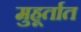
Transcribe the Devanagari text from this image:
मुहूर्तात